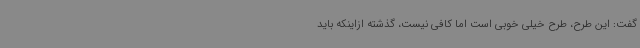
گفت: این طرح، طرح خیلی خوبی است اما کافی نیست، گذشته ازاینکه باید